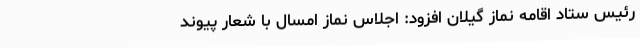
رئیس ستاد اقامه نماز گیلان افزود: اجلاس نماز امسال با شعار پیوند